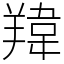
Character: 䍷